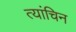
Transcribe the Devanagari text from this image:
त्यांचिन